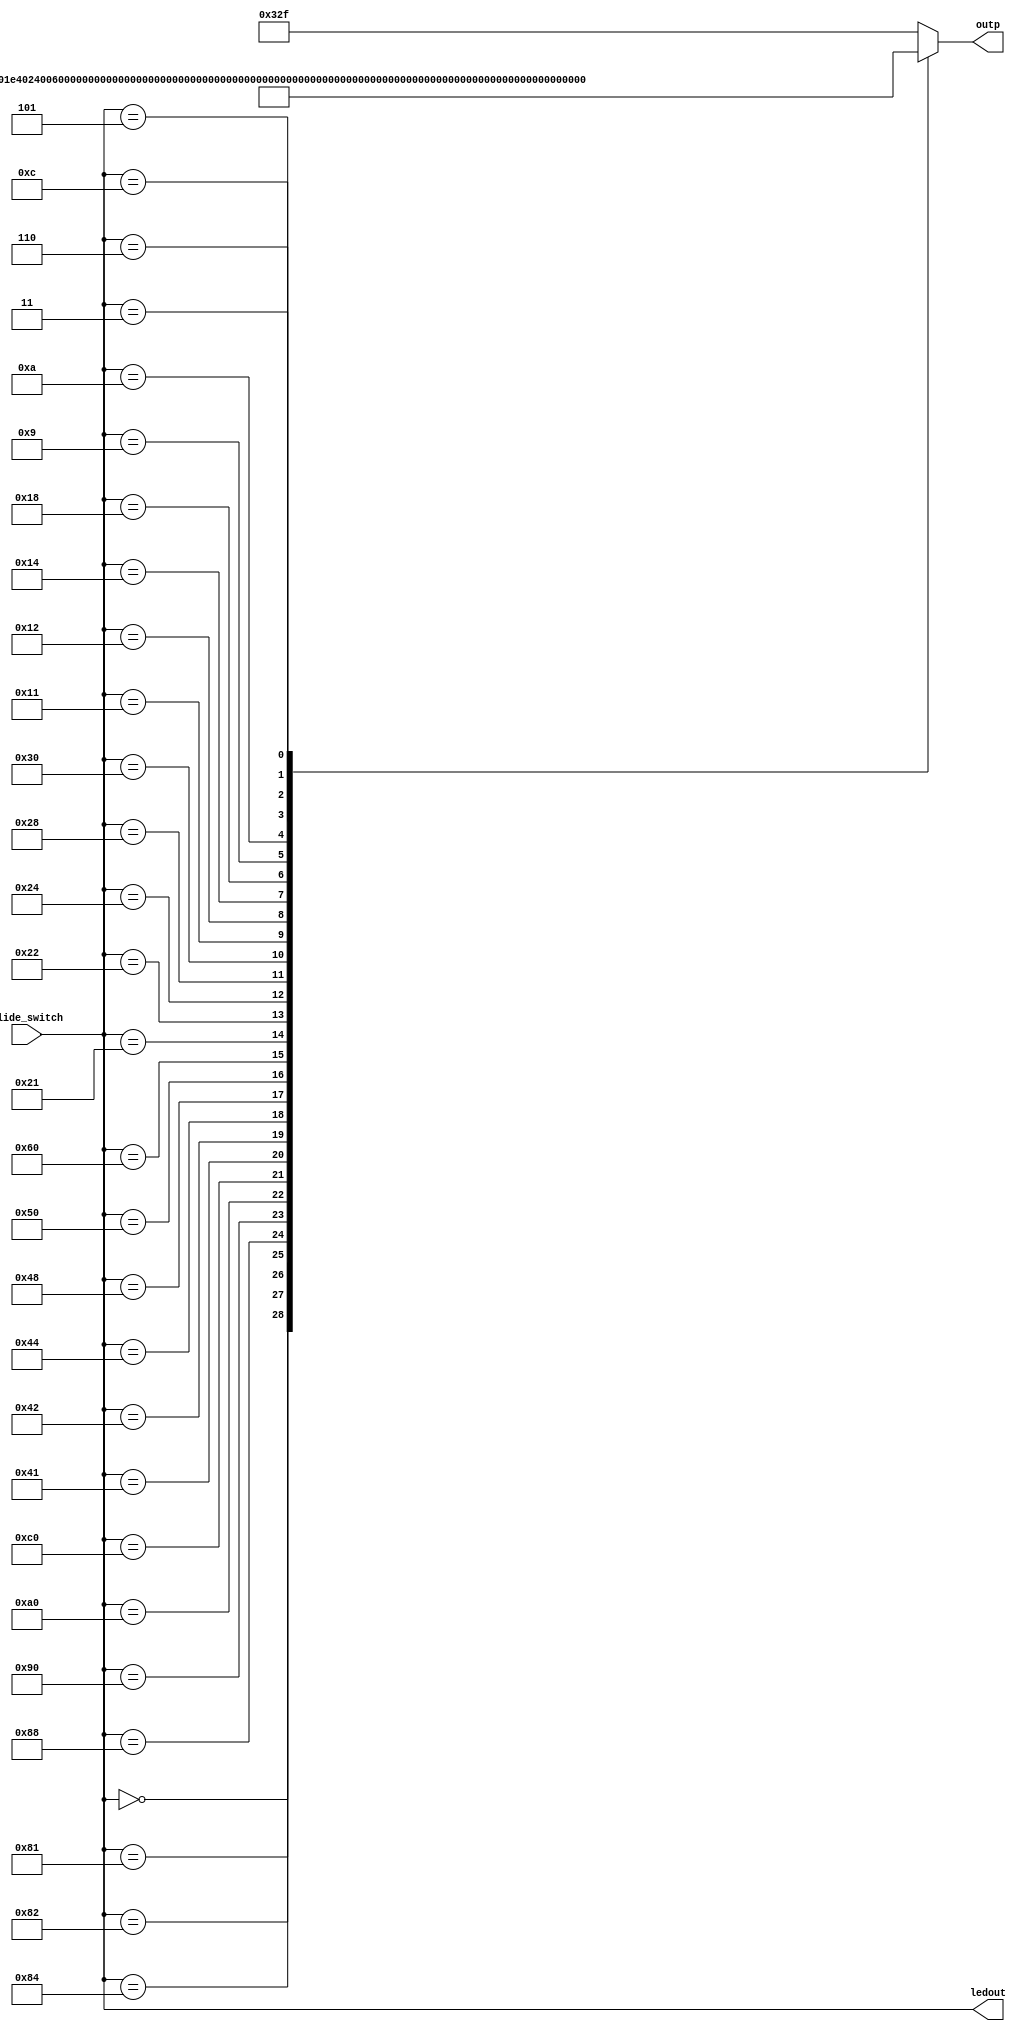
// Description : This Module will decode and control the slide switch part
// and Output of this Module should be Sent to hex2seven Segment Decodar Module
// Code is Documented  line by line .
module switch_decode(slide_switch,outp,ledout); 

input   [7:0] slide_switch ;// Input Connected to slide switches 
output  [13:0] outp        ;// Output Connected to Seaven Segment
output  [7:0] ledout       ;// Output for LED

reg     [13:0] outp        ;


assign ledout = slide_switch ; // assignment of LED to slide switch

always@(slide_switch)begin
  case(slide_switch)
       8'b0000_0000: outp = 14'b1000000_1000000    ; // Start Condition "00" No Switch is ON
       8'b1000_0001: outp = 14'b0000000_1111001    ; // 7th and 0th switch is ON "81"
       8'b1000_0010: outp = 14'b0000000_0100100    ; // 7th and 1st switch is ON "82"
       8'b1000_0100: outp = 14'b0000000_0011001    ; // 7th and 2nd switch is ON "84" 
       8'b1000_1000: outp = 14'b0000000_0000000    ; // 7th and 3rd switch is ON "88"
       8'b1001_0000: outp = 14'b0010000_1000000    ; // 7th and 4th switch is ON "90"
       8'b1010_0000: outp = 14'b0001000_1000000    ; // 7th and 5th switch is ON "A0"
       8'b1100_0000: outp = 14'b1000110_1000000    ; // 7th and 6th switch is ON "C0"
       8'b0100_0001: outp = 14'b0011001_1111001    ; // 6th and 0th switch is ON "41"
       8'b0100_0010: outp = 14'b0011001_0100100    ; // 6th and 1st switch is ON "42"
       8'b0100_0100: outp = 14'b0011001_0011001    ; // 6th and 2nd switch is ON "44"
       8'b0100_1000: outp = 14'b0011001_0000000    ; // 6th and 3th switch is ON "48"
       8'b0101_0000: outp = 14'b0010010_1000000    ; // 6th and 4th switch is ON "50"
       8'b0110_0000: outp = 14'b0000010_1000000    ; // 6th and 5th switch is ON "60"
       8'b0010_0001: outp = 14'b0100100_1111001    ; // 5th and 0th switch is ON "21"
       8'b0010_0010: outp = 14'b0100100_0100100    ; // 5th and 1st switch is ON "22"
       8'b0010_0100: outp = 14'b0100100_0011001    ; // 5th and 2nd switch is ON "24"
       8'b0010_1000: outp = 14'b0100100_0000000    ; // 5th and 3th switch is ON "28"
       8'b0011_0000: outp = 14'b0110000_1000000    ; // 5th and 4th switch is ON "30"
       8'b0001_0001: outp = 14'b1111001_1111001    ; // 4th and 0th switch is ON "11"
       8'b0001_0010: outp = 14'b1111001_0100100    ; // 4th and 1st switch is ON "12"
       8'b0001_0100: outp = 14'b1111001_0011001    ; // 4th and 2nd switch is ON "14"
       8'b0001_1000: outp = 14'b1111001_0000000    ; // 4th and 3rd switch is ON "18"
       8'b0000_1001: outp = 14'b1000000_0010000    ; // 3rd and 0th switch is ON "09"
       8'b0000_1010: outp = 14'b1000000_0001000    ; // 3rd and 1st switch is ON "0A"
       8'b0000_1100: outp = 14'b1000000_1000110    ; // 3rd and 2nd switch is ON "0C"
       8'b0000_0101: outp = 14'b1000000_0010010    ; // 2nd and 0th switch is ON "05"
       8'b0000_0110: outp = 14'b1000000_0000010    ; // 2nd and 1st switch is ON "06"
       8'b0000_0011: outp = 14'b1000000_0110000    ; // 2nd and 1st switch is ON "03"
          default  : outp = 14'b0000110_0101111    ; // Error Condition "Er"
endcase
end

endmodule